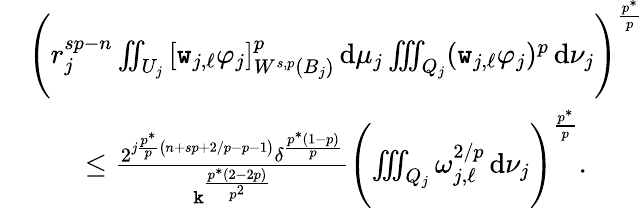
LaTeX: \begin{array}{rl}&{\Biggl(r_{j}^{sp-n}\iint_{U_{j}}\, [\texttt{w}_{j,\ell}\varphi_{j}]_{W^{s,p}(B_{j})}^{p}\, \mathrm{d}\mu_{j}\iiint_{Q_{j}}(\texttt{w}_{j,\ell}\varphi_{j})^{p}\, \mathrm{d}\nu_{j}\Biggr)^{\frac{p^{*}}{p}}}\\ &{\qquad\le\frac{2^{j\frac{p^{*}}{p}\big(n+sp+2/p-p-1\big)}\delta^{\frac{p^{*}(1-p)}{p}}}{\texttt{k}^{\frac{p^{*}(2-2p)}{p^{2}}}}\Biggl(\iiint_{Q_{j}}\omega_{j,\ell}^{2/p}\, \mathrm{d}\nu_{j}\Biggr)^{\frac{p^{*}}{p}}.}\end{array}